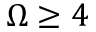
\Omega \geq 4